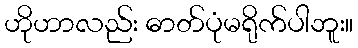
ဟိုဟာလည်း ဓာတ်ပုံမရိုက်ပါဘူး။